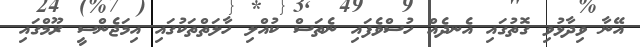
އޭނާ ވިދާޅުވި ގޮތުގައި އެނދެއް ހުސްވެފައި ނެތަސް ކުއްލި ހާލަތްތަކުގައި އިމަޖެންސީ ރޫމްގައި